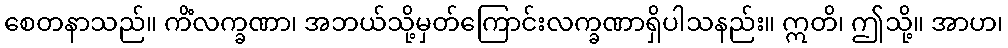
စေတနာသည်။ ကိံလက္ခဏာ၊ အဘယ်သို့မှတ်ကြောင်းလက္ခဏာရှိပါသနည်း။ ဣတိ၊ ဤသို့။ အာဟ၊